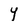
Character: Y